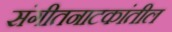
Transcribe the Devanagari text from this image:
संगीतनाटकांतील